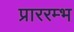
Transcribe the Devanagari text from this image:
प्राररम्भ